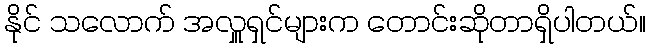
နိုင် သလောက် အလှူရှင်များက တောင်းဆိုတာရှိပါတယ်။